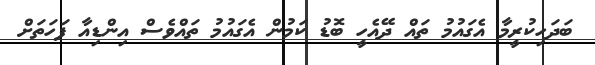
ބަދަހިކުރީމާ އެގައުމު ތައް ދޭއެހީ ބޮޑު ކަމުން އެގައުމު ތައްވެސް އިންޑިއާ ފަހަތަށް